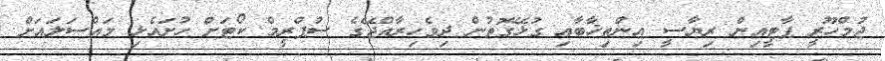
ޖުމްހޫރީ ޕާޓީއިން ރިޔާސީ އިންތިޚާބާއި ގުޅޭގޮތުން ދިވެހިރާއްޖޭގެ ސުޕްރީމް ކޯޓަށް ހުށައެޅި މައްސަލައަށް